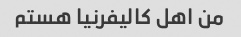
من اهل کالیفرنیا هستم